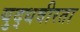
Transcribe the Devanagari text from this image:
युद्धवीरता